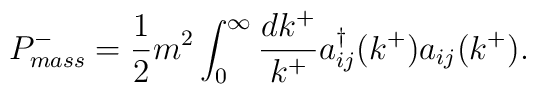
P^-_{mass} =  \frac{1}{2}m^2 \int_0^{\infty} \frac{dk^+}{k^+} a_{ij}^{\dagger}(k^+)    a_{ij}(k^+).